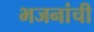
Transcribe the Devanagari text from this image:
भजनांची